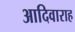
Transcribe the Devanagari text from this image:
आदिवाराह